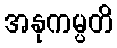
အနုကမ္ပတိ